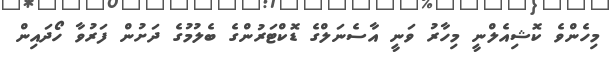
މިހެންވެ ކޮޝިއެލްނީ މިހާރު ވަނީ އާސެނަލްގެ ޑޮކްޓަރުންގެ ބެލުމުގެ ދަށުން ފަރުވާ ހޯދައިން